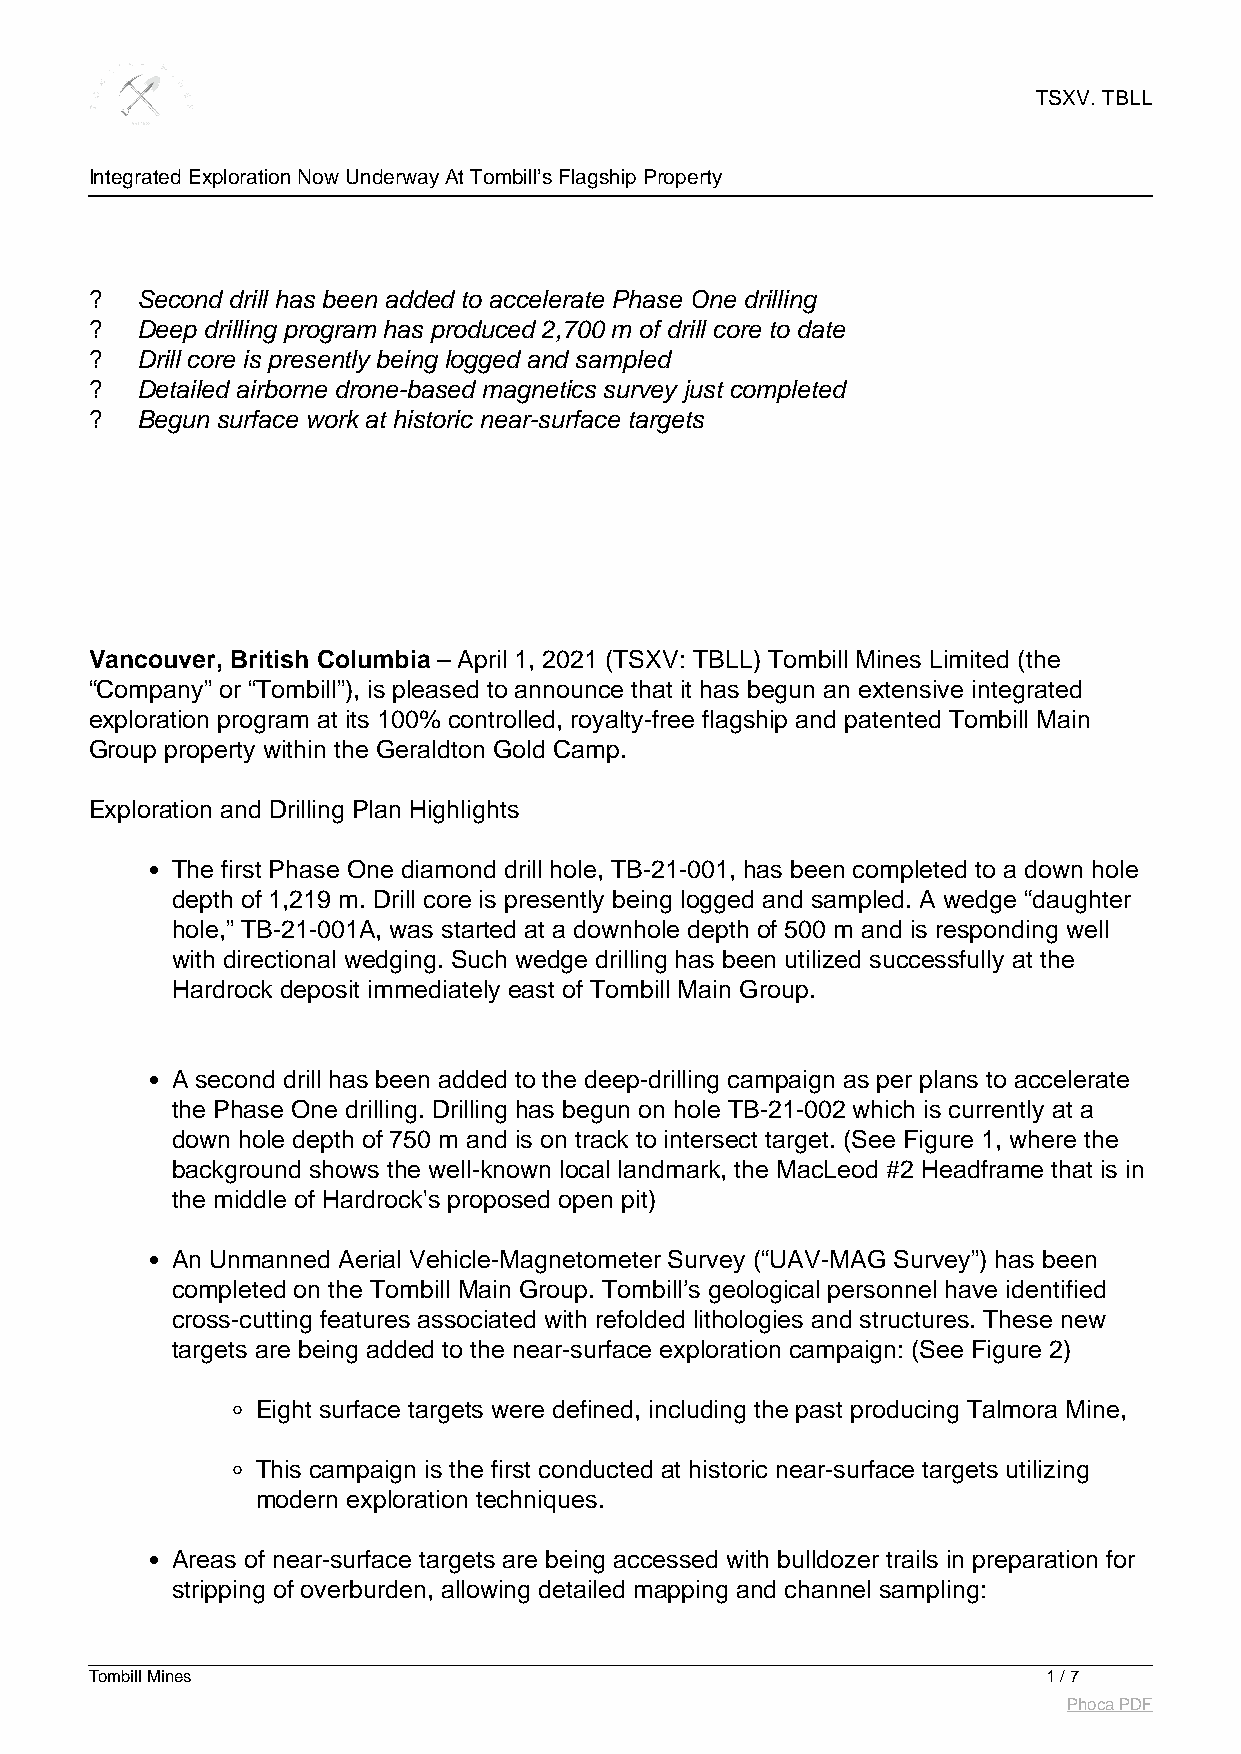
TSXV. TBLL
 Integrated Exploration Now Underway At Tombill’s Flagship Property
 ?  Second drill has been added to accelerate Phase One drilling
 ?  Deep drilling program has produced 2,700 m of drill core to date
 ?  Drill core is presently being logged and sampled
 ?  Detailed airborne drone-based magnetics survey just completed
 ?  Begun surface work at historic near-surface targets
 Vancouver, British Columbia – April 1, 2021 (TSXV: TBLL) Tombill Mines Limited (the
 “Company” or “Tombill”), is pleased to announce that it has begun an extensive integrated
 exploration program at its 100% controlled, royalty-free flagship and patented Tombill Main
 Group property within the Geraldton Gold Camp.
 Exploration and Drilling Plan Highlights
 The first Phase One diamond drill hole, TB-21-001, has been completed to a down hole
 depth of 1,219 m. Drill core is presently being logged and sampled. A wedge “daughter
 hole,” TB-21-001A, was started at a downhole depth of 500 m and is responding well
 with directional wedging. Such wedge drilling has been utilized successfully at the
 Hardrock deposit immediately east of Tombill Main Group.
 A second drill has been added to the deep-drilling campaign as per plans to accelerate
 the Phase One drilling. Drilling has begun on hole TB-21-002 which is currently at a
 down hole depth of 750 m and is on track to intersect target. (See Figure 1, where the
 background shows the well-known local landmark, the MacLeod #2 Headframe that is in
 the middle of Hardrock's proposed open pit)
 An Unmanned Aerial Vehicle-Magnetometer Survey (“UAV-MAG Survey”) has been
 completed on the Tombill Main Group. Tombill’s geological personnel have identified
 cross-cutting features associated with refolded lithologies and structures. These new
 targets are being added to the near-surface exploration campaign: (See Figure 2)
 Eight surface targets were defined, including the past producing Talmora Mine,
 This campaign is the first conducted at historic near-surface targets utilizing
 modern exploration techniques.
 Areas of near-surface targets are being accessed with bulldozer trails in preparation for
 stripping of overburden, allowing detailed mapping and channel sampling:
 Tombill Mines                                                  1 / 7
 Phoca PDF